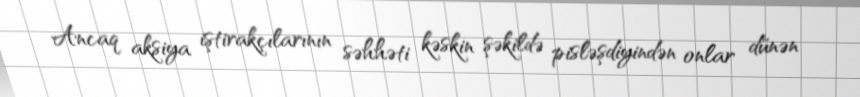
Ancaq aksiya iştirakçılarının səhhəti kəskin şəkildə pisləşdiyindən onlar dünən